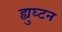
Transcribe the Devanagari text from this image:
ह्युघ्टन